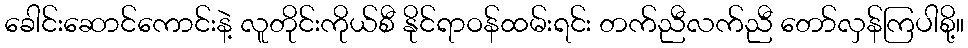
ခေါင်းဆောင်ကောင်းနဲ့ လူတိုင်းကိုယ်စီ နိုင်ရာဝန်ထမ်းရင်း တက်ညီလက်ညီ တော်လှန်ကြပါစို့။